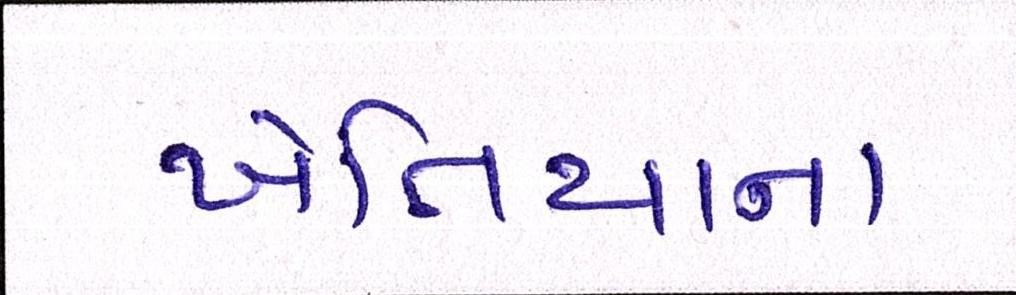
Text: ખેતિયાના